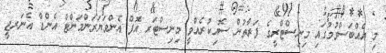
މި އެއްބަސްވުމުގައި މިނިސްޓްރީގެ ފަރާތުން ސޮއިކުރެއްވީ މިނިސްޓަރ އޮފް އެންވަޔަރަންމަންޓް އެންޑް އެނަރޖީ